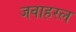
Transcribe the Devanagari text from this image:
जवाहरल